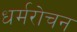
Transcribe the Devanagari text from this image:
धर्मरोचन